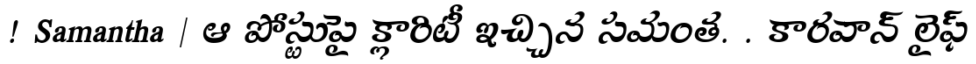
! Samantha | ఆ పోస్టుపై క్లారిటీ ఇచ్చిన సమంత. . కారవాన్ లైఫ్